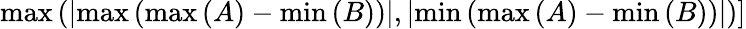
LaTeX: \left.\operatorname*{max}\left(\left|\operatorname*{max}\left(\operatorname*{max}\left(A\right)-\operatorname*{min}\left(B\right)\right)\right|,\left|\operatorname*{min}\left(\operatorname*{max}\left(A\right)-\operatorname*{min}\left(B\right)\right)\right|\right)\right]